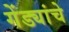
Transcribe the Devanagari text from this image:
गेंड्यांचे